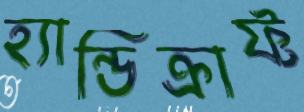
হ্যান্ডিক্রাফ্ট